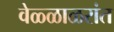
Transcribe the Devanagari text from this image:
वेळ्ळाळरांत